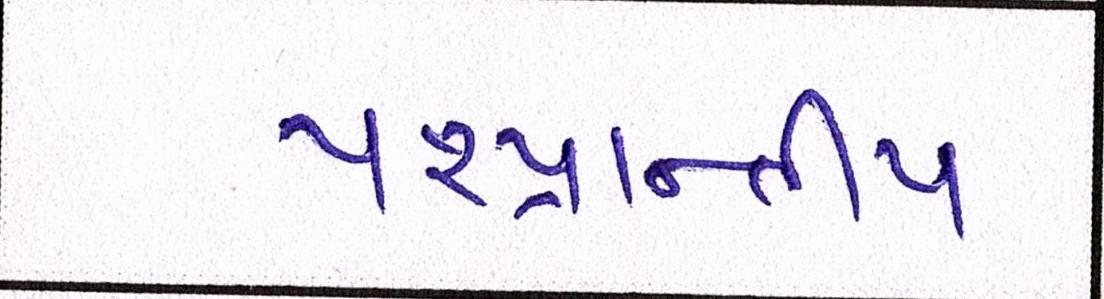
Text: પ૨પ્રાન્તીય